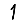
Digit: 1